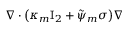
\nabla \cdot \bigl ( \kappa _ { m } \ensuremath { \mathrm { I } _ { 2 } } + \tilde { \psi } _ { m } \sigma \bigr ) \nabla